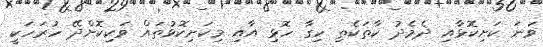
ވަނަ ކަށިކޮޅާއި ދެމެދު ކާތަކެތި ހިގާ ހޮޅި އާއި މިކަށިކޮޅުތައް ވަކިކޮށްދޭ ހުރަހަކީ